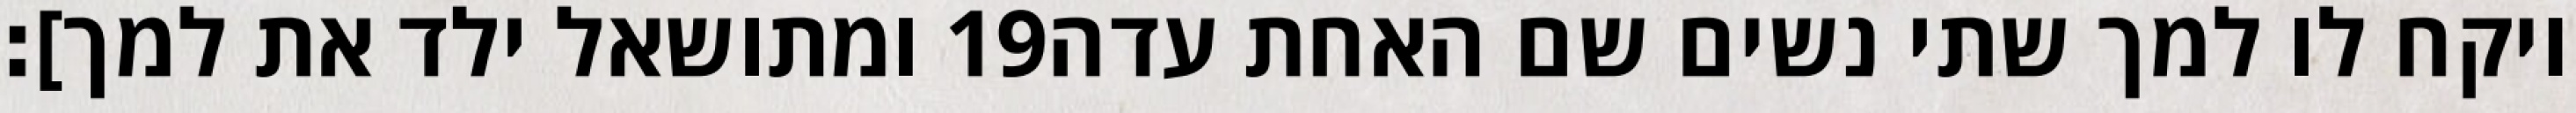
ומתושאל ילד את למך]׃ ‎19‏ ויקח לו למך שתי נשים שם האחת עדה